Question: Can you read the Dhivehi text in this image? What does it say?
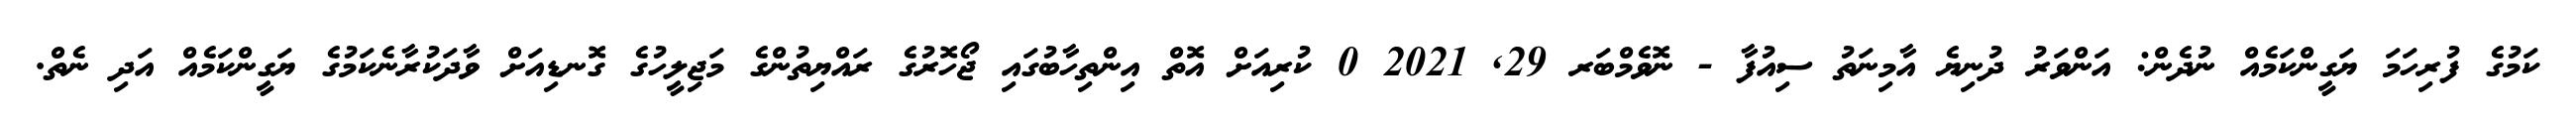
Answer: ކަމުގެ ފުރިހަމަ ޔަގީންކަމެއް ނުދެން: އަންވަރު ދުނިޔެ އާމިނަތު ސިއުފާ - ނޮވެމްބަރ 29, 2021 0 ކުރިއަށް އޮތް އިންތިހާބުގައި ޖޯހޮރުގެ ރައްޔިތުންގެ މަޖިލީހުގެ ގޮނޑިއަށް ވާދަކުރާނެކަމުގެ ޔަގީންކަމެއް އަދި ނެތް.